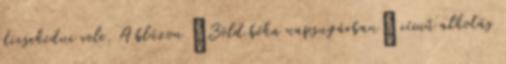
dicsekedni vele. A blúzon “Zöld béka napsugárban” című alkotás